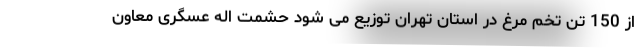
از 150 تن تخم مرغ در استان تهران توزیع می شود حشمت اله عسگری معاون